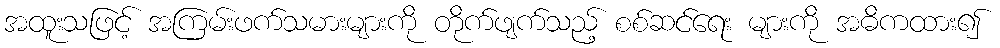
အထူးသဖြင့် အကြမ်းဖက်သမားများကို တိုက်ဖျက်သည့် စစ်ဆင်ရေး များကို အဓိကထား၍